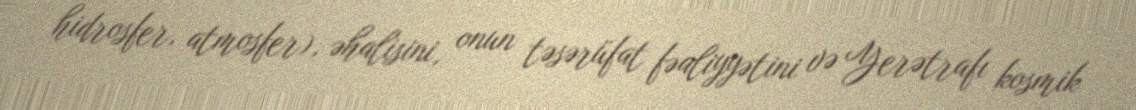
hidrosfer, atmosfer), əhalisini, onun təsərüfat fəaliyyətini və Yerətrafı kosmik